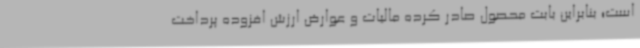
است‌؛ بنابراین بابت محصول صادر کرده مالیات و عوارض ارزش افزوده پرداخت